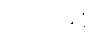
ကိတ်မုန့်